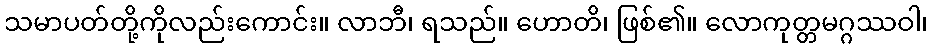
သမာပတ်တို့ကိုလည်းကောင်း။ လာဘီ၊ ရသည်။ ဟောတိ၊ ဖြစ်၏။ လောကုတ္တမဂ္ဂဿဝါ၊